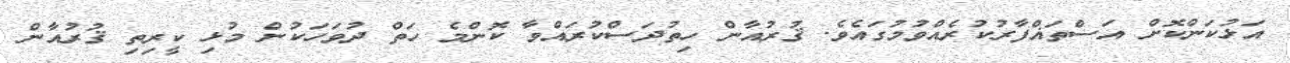
އަޅުކަންކޮށް އަސްތަޣްފާރުކުރެއްވުމުގައެވެ. ޤުރުއާން ހިތުދަސްކުރައްވާ ކޮންމެ ހަތް ދުވަހަކުން މުޅި ކީރިތި ޤުރުއާން